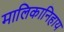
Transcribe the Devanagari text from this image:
मालिकानिहाय